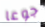
جوعا